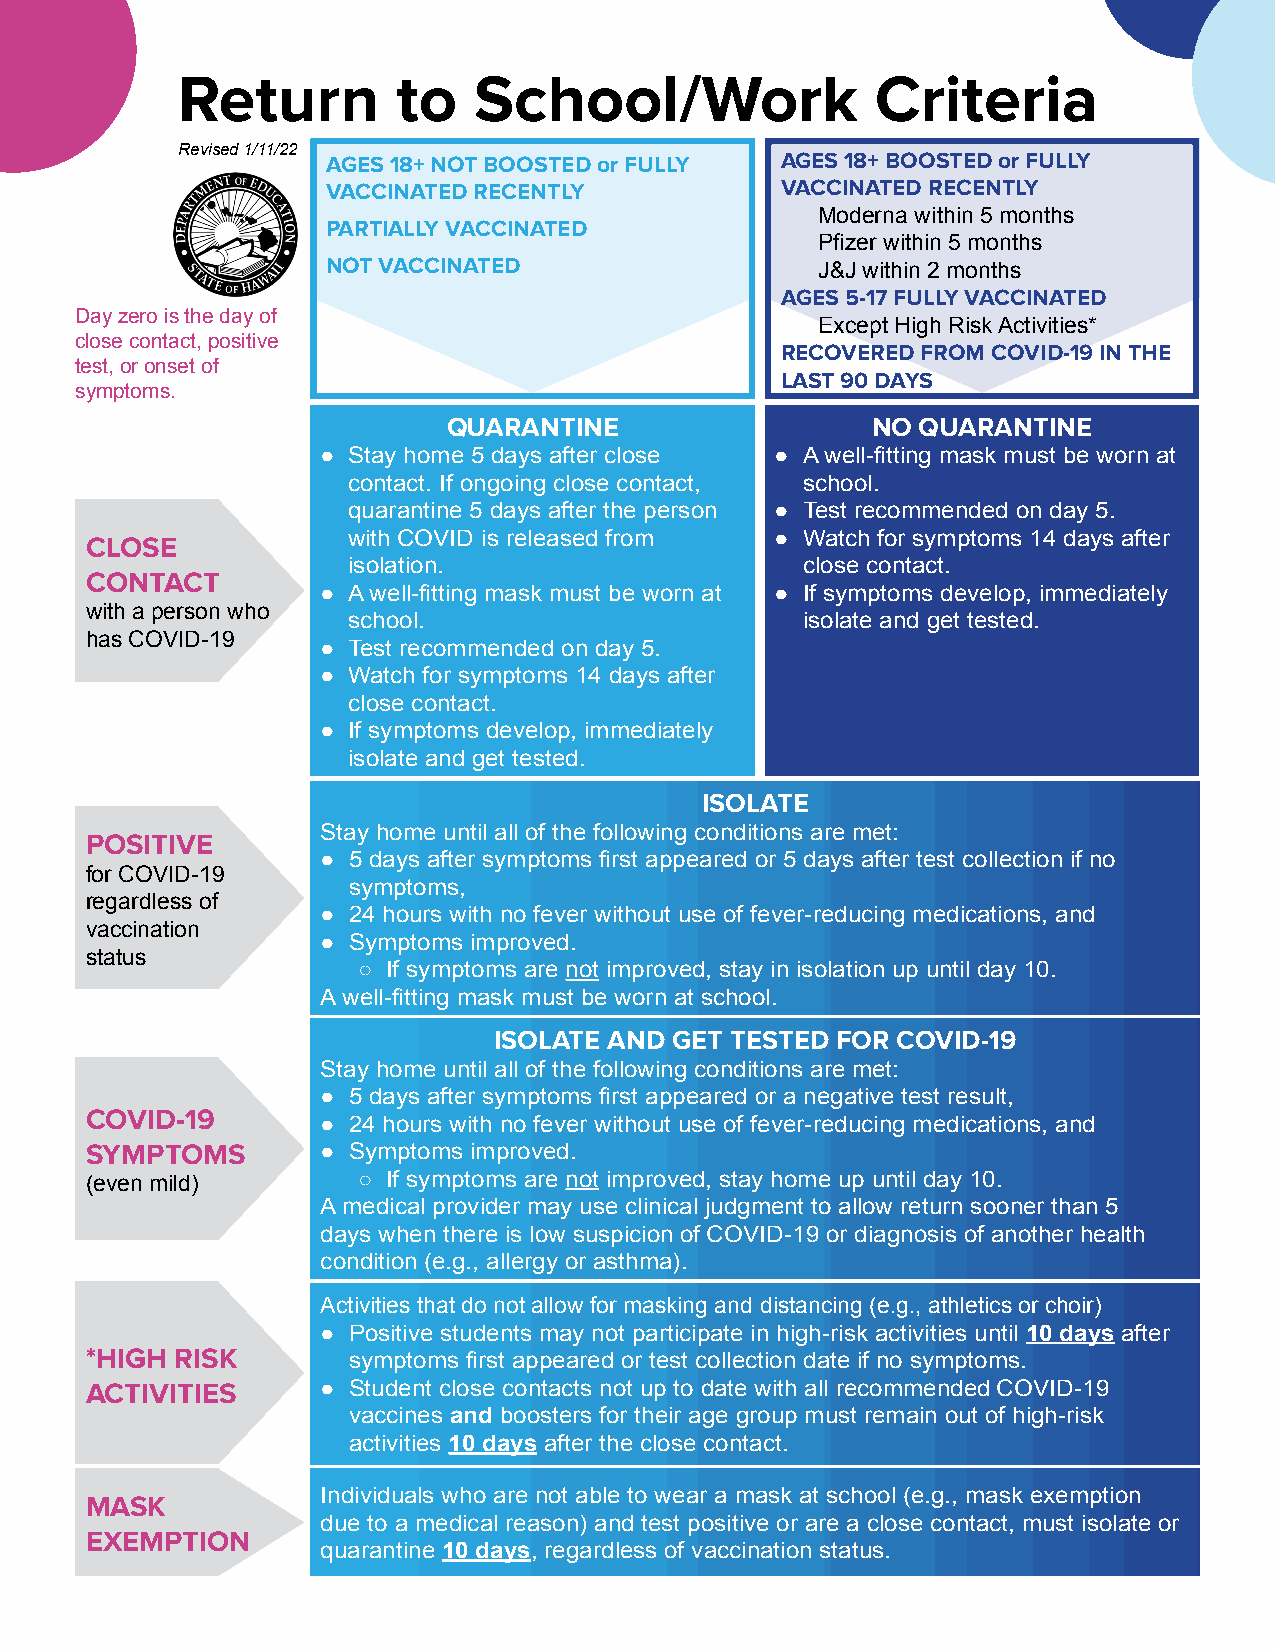
Return        to   School/Work                Criteria
 Revised 1/11/22
 AGES 18+ NOT BOOSTED or FULLY AGES 18+ BOOSTED or FULLY
 VACCINATED RECENTLY           VACCINATED RECENTLY
 Moderna within 5 months
 PARTIALLY VACCINATED
 Pfizer within 5 months
 NOT VACCINATED                  J&J within 2 months
 AGES 5-17 FULLY VACCINATED
 Day zero is the day of
 Except High Risk Activities*
 close contact, positive
 RECOVERED FROM COVID-19 IN THE
 test, or onset of
 LAST 90 DAYS
 symptoms.
 QUARANTINE                  NO QUARANTINE
 ● Stay home 5 days after close ● A well-fitting mask must be worn at
 contact. If ongoing close contact, school.
 quarantine 5 days after the person ● Test recommended on day 5.
 CLOSE            with COVID is released from ● Watch for symptoms 14 days after
 isolation.                    close contact.
 CONTACT
 ● A well-fitting mask must be worn at ● If symptoms develop, immediately
 with a person who
 school.                       isolate and get tested.
 has COVID-19
 ● Test recommended on day 5.
 ● Watch for symptoms 14 days after
 close contact.
 ● If symptoms develop, immediately
 isolate and get tested.
 ISOLATE
 Stay home until all of the following conditions are met:
 POSITIVE
 ● 5 days after symptoms first appeared or 5 days after test collection if no
 for COVID-19
 symptoms,
 regardless of
 ● 24 hours with no fever without use of fever-reducing medications, and
 vaccination
 ● Symptoms improved.
 status
 ○ If symptoms are not improved, stay in isolation up until day 10.
 A well-fitting mask must be worn at school.
 ISOLATE AND GET TESTED FOR COVID-19
 Stay home until all of the following conditions are met:
 ● 5 days after symptoms first appeared or a negative test result,
 COVID-19
 ● 24 hours with no fever without use of fever-reducing medications, and
 SYMPTOMS       ● Symptoms improved.
 (even mild)       ○ If symptoms are not improved, stay home up until day 10.
 A medical provider may use clinical judgment to allow return sooner than 5
 days when there is low suspicion of COVID-19 or diagnosis of another health
 condition (e.g., allergy or asthma).
 Activities that do not allow for masking and distancing (e.g., athletics or choir)
 ● Positive students may not participate in high-risk activities until 10 days after
 *HIGH RISK       symptoms first appeared or test collection date if no symptoms.
 ACTIVITIES     ● Student close contacts not up to date with all recommended COVID-19
 vaccines and boosters for their age group must remain out of high-risk
 activities 10 days after the close contact.
 Individuals who are not able to wear a mask at school (e.g., mask exemption
 MASK
 due to a medical reason) and test positive or are a close contact, must isolate or
 EXEMPTION
 quarantine 10 days, regardless of vaccination status.